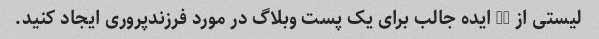
لیستی از 20 ایده جالب برای یک پست وبلاگ در مورد فرزندپروری ایجاد کنید.